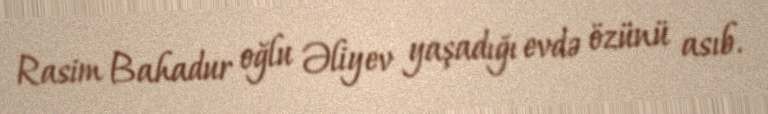
Rasim Bahadur oğlu Əliyev yaşadığı evdə özünü asıb.